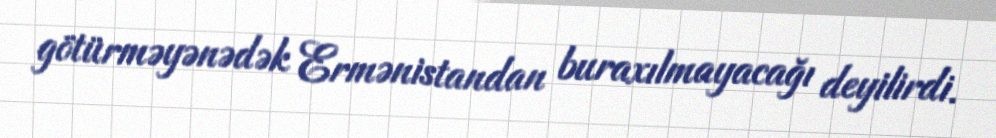
götürməyənədək Ermənistandan buraxılmayacağı deyilirdi.